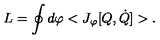
L = \oint d \varphi < J _ { \varphi } [ Q , \dot { Q } ] > .